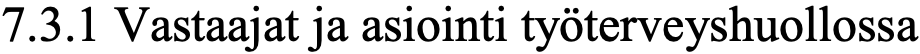
7.3.1 Vastaajat ja asiointi työterveyshuollossa